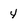
Character: 4